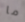
ما